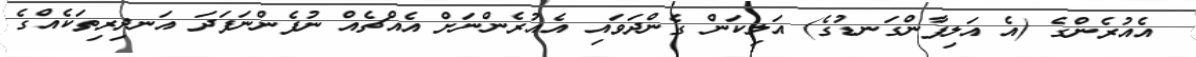
އެއުރެންގެ (އެ އަލިފާންގަނޑުގެ) އަލިިކަން ގެންދަވައި އެއުރެންނަށް އެއްޗެއް ނުފެންނަފަދަ އަނދިރިތަކެއްގެ